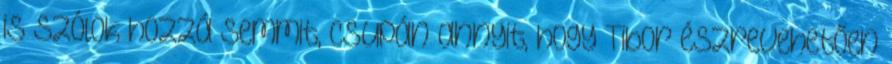
is szólok hozzá semmit, csupán annyit, hogy Tibor észrevehetően